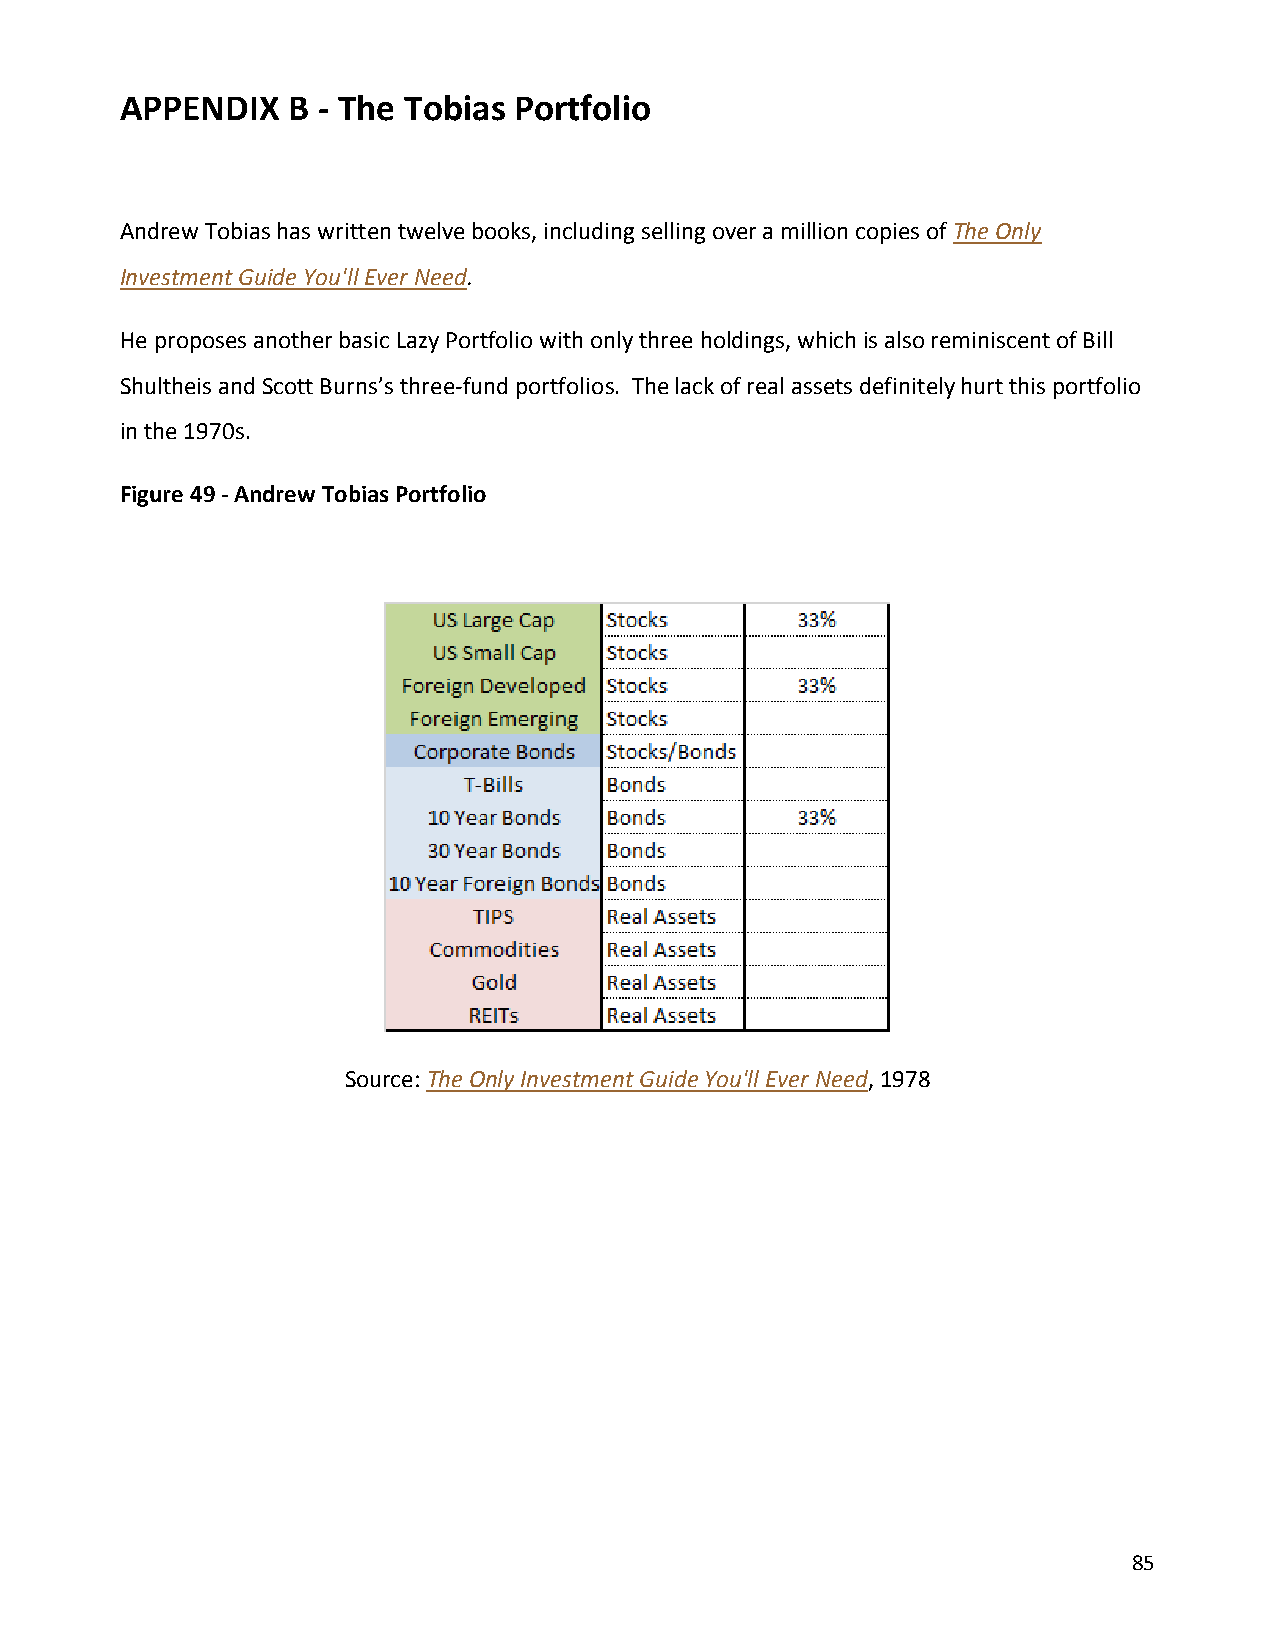
APPENDIX   B - The Tobias Portfolio
 Andrew Tobias has written twelve books, including selling over a million copies of The Only
 Investment Guide You'll Ever Need.
 He proposes another basic Lazy Portfolio with only three holdings, which is also reminiscent of Bill
 Shultheis and Scott Burns’s three-fund portfolios. The lack of real assets definitely hurt this portfolio
 in the 1970s.
 Figure 49 - Andrew Tobias Portfolio
 Source: The Only Investment Guide You'll Ever Need, 1978
 85